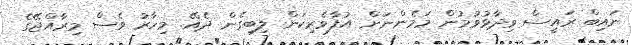
ނައިބް ރައީސް ވިދާޅުވުމުން މަމެންނަށް އުފާވެރިކަން ލިބިގެން ދެއޭ. މިހާރު ވެސް މިރާއްޖޭގެ